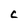
Character: C